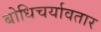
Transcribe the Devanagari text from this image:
बोधिचर्यावतार